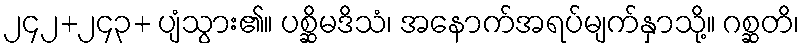
၂၄၂+၂၄၃+ ပျံသွား၏။ ပစ္ဆိမဒိသံ၊ အနောက်အရပ်မျက်နှာသို့။ ဂစ္ဆတိ၊